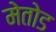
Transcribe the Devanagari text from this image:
मेतोड